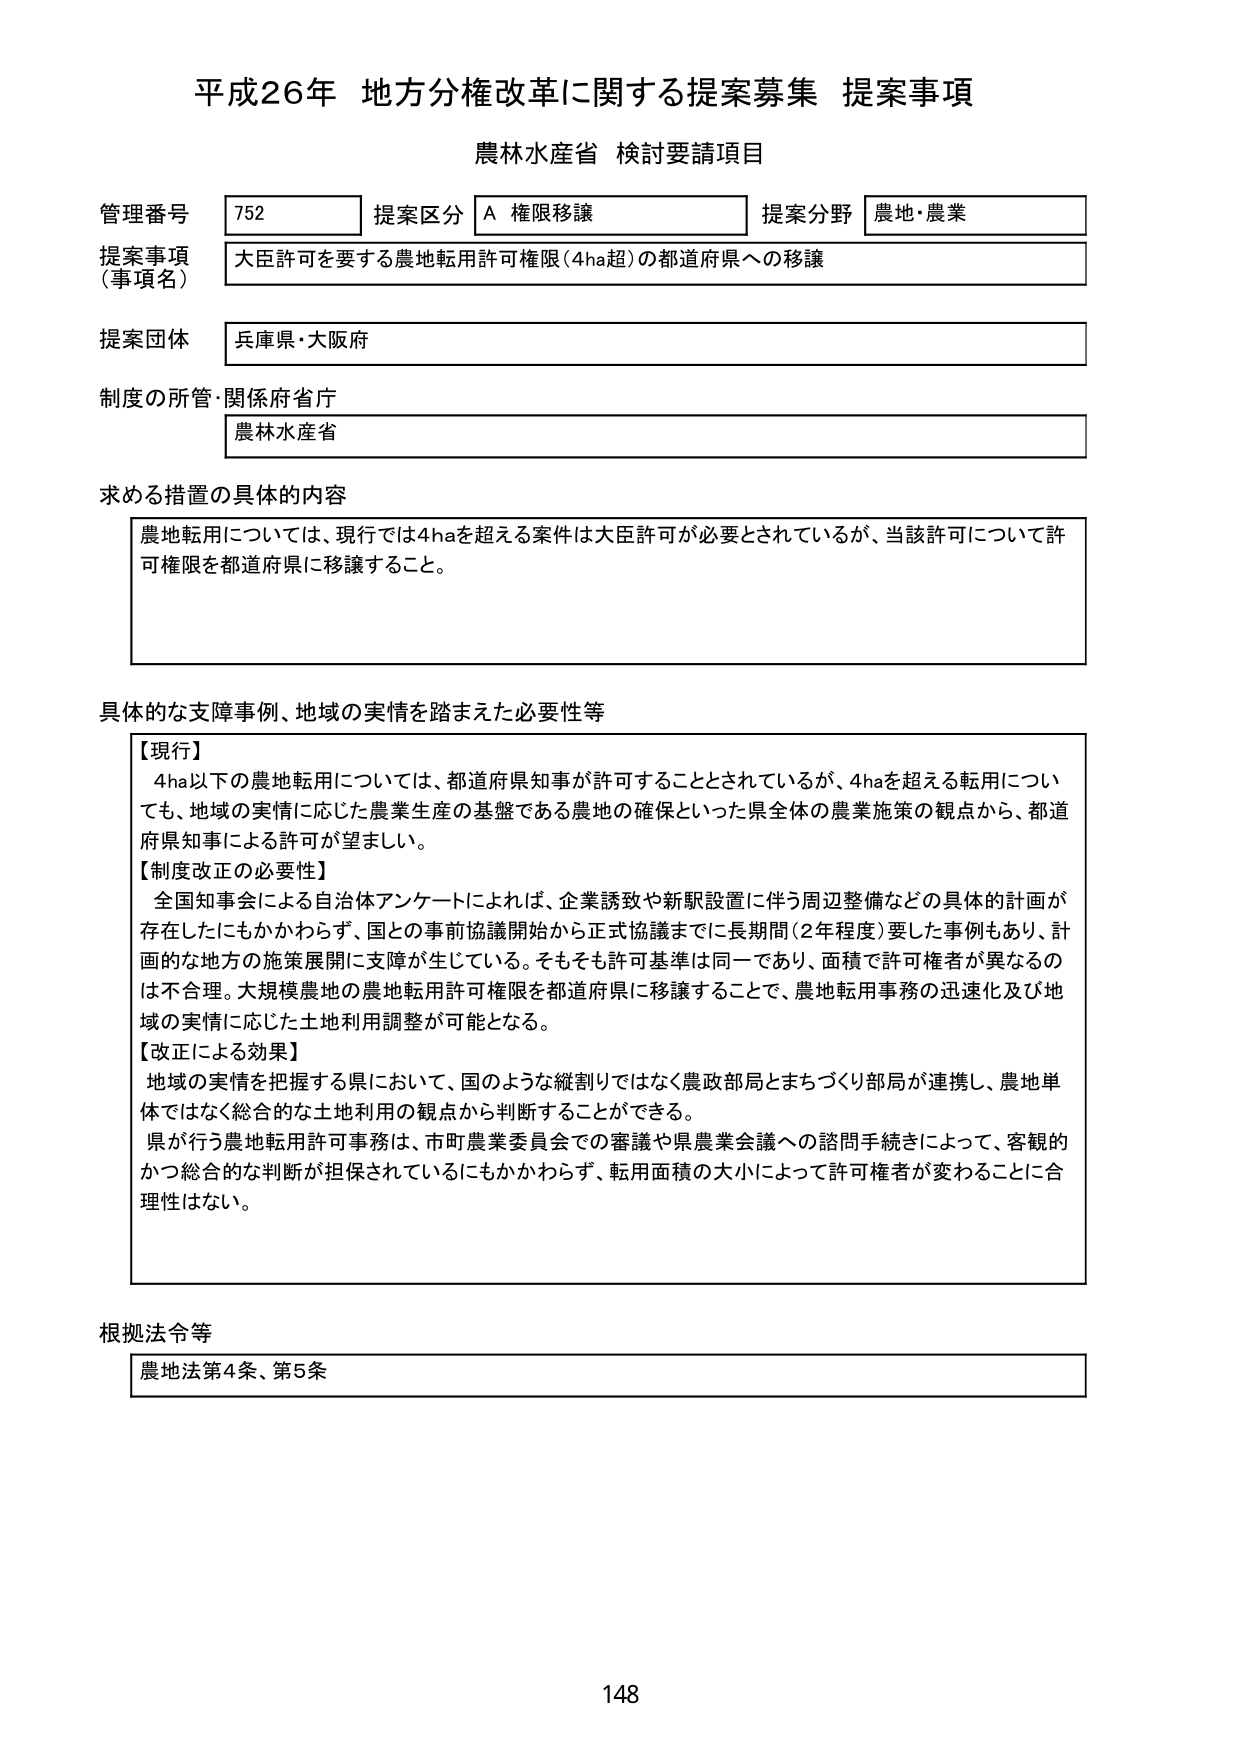
平成26年 地方分権改革に関する提案募集 提案事項
農林水産省 検討要請項目

管理番号 752 提案区分 A 権限移譲 提案分野 農地・農業
提案事項（事項名） 大臣許可を要する農地転用許可権限（4ha超）の都道府県への移譲
提案団体 兵庫県・大阪府
制度の所管・関係府省庁 農林水産省

求める措置の具体的内容
農地転用については、現行では4haを超える案件は大臣許可が必要とされているが、当該許可について許可権限を都道府県に移譲すること。

具体的な支障事例、地域の実情を踏まえた必要性等
【現行】
4ha以下の農地転用については、都道府県知事が許可することとされているが、4haを超える転用についても、地域の実情に応じた農業生産の基盤である農地の確保といった県全体の農業施策の観点から、都道府県知事による許可が望ましい。
【制度改正の必要性】
全国知事会による自治体アンケートによれば、企業誘致や新駅設置に伴う周辺整備などの具体的計画が存在したにもかかわらず、国との事前協議開始から正式協議までに長期間（2年程度）要した事例もあり、計画的な地方の施策展開に支障が生じている。そもそも許可基準は同一であり、面積で許可権者が異なるのは不合理。大規模農地の農地転用許可権限を都道府県に移譲することで、農地転用事務の迅速化及び地域の実情に応じた土地利用調整が可能となる。
【改正による効果】
地域の実情を把握する県において、国のような縦割りではなく農政部局とまちづくり部局が連携し、農地単体ではなく総合的な土地利用の観点から判断することができる。
県が行う農地転用許可事務は、市町農業委員会での審議や県農業会議への諮問手続きによって、客観的かつ総合的な判断が担保されているにもかかわらず、転用面積の大小によって許可権者が変わることに合理性はない。

根拠法令等
農地法第4条、第5条

148